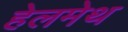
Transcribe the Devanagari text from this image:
हेलमेथ